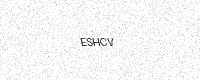
Text: ESHCV